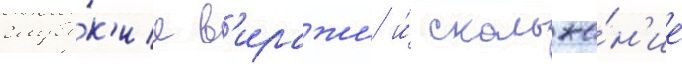
глубо́к'ие в'иражи и́ скольже́н'ие